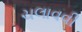
ચલાવવી